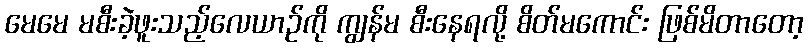
မေမေ မစီးခဲ့ဖူးသည့်လေယာဉ်ကို ကျွန်မ စီးနေရလို့ စိတ်မကောင်း ဖြစ်မိတာတော့